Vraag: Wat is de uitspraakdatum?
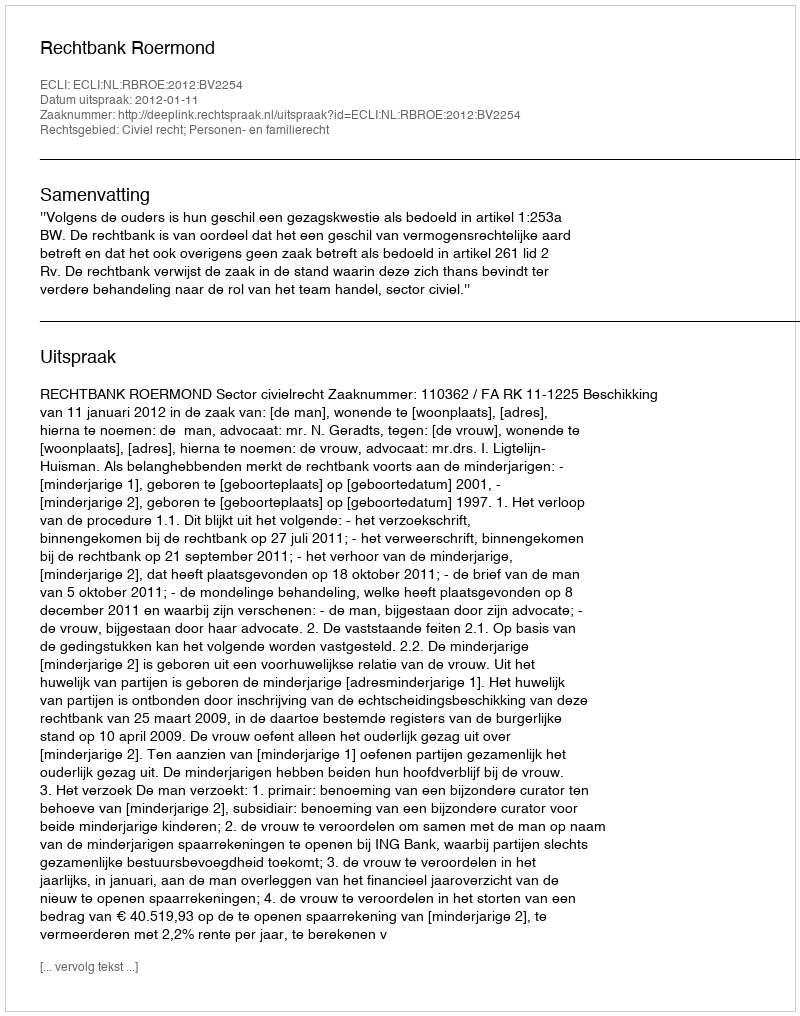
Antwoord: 2012-01-11